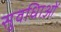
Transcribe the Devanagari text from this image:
सुवधिाओं